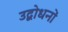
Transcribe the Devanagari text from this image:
उद्बोधनों